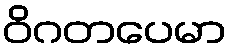
ဝိဂတပေမာ